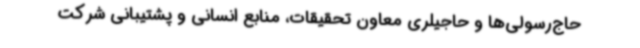
حاج‌رسولی‌ها و حاجیلری معاون تحقیقات، منابع انسانی و پشتیبانی شرکت